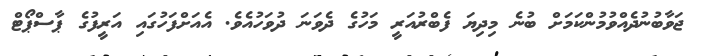
ޖަވާބުނުދެއްވުމުންކަމަށް ބުނެ މިިދިޔަ ފެބްރުއަރީ މަހުގެ ދެވަަނަ ދުވަހުއެވެ. އެއަށްފަހުގައި އަރީފުގެ ޕާސްޕޯޓް